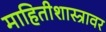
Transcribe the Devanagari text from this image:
माहितीशास्त्रावर